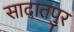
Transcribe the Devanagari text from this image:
सादातपुर